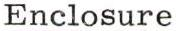
Enclosure